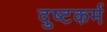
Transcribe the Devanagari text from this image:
दुष्टकर्म